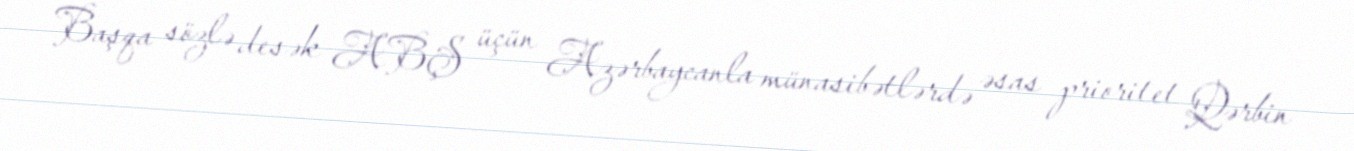
Başqa sözlə desək ABŞ üçün Azərbaycanla münasibətlərdə əsas prioritet Qərbin